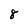
Character: 8